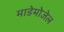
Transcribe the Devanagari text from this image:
माडेमोजेल